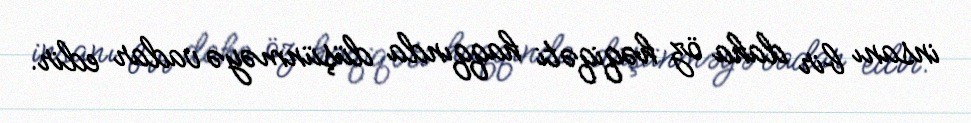
insanı bir daha öz həqiqəti haqqında düşünməyə vadar edir.